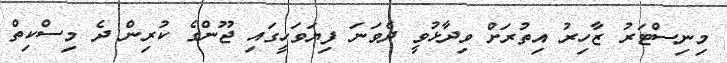
މިނިސްޓަރު ޒާހިރު އިތުރަށް ވިދާޅުވީ ދެވަނަ ފިޔަވަހީގައި ޖޫންގެ ކުރިން ދެ މިސްކިތް